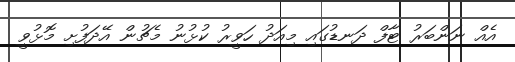
އެއް ނަންބަރު ޓާފް ދަނޑުގައި މިއަދު ހަވީރު ކުޅުނު މެޗުން އޭދަފުށި މޮޅުވީ